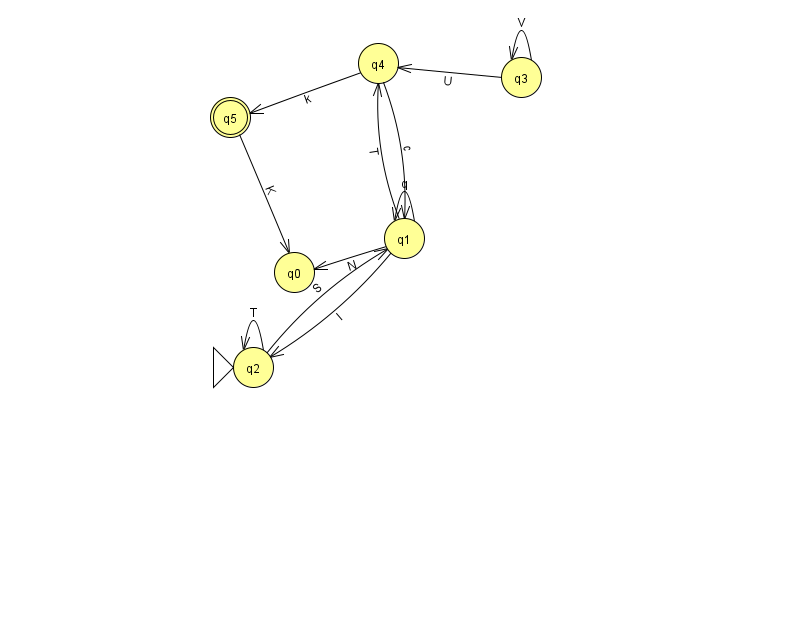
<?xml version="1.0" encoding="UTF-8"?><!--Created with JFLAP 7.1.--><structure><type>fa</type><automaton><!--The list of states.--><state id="0" name="q0"><x>294.0</x><y>259.0</y></state><state id="1" name="q1"><x>404.0</x><y>225.0</y></state><state id="2" name="q2"><x>253.0</x><y>354.0</y><initial/></state><state id="3" name="q3"><x>521.0</x><y>64.0</y></state><state id="4" name="q4"><x>378.0</x><y>50.0</y></state><state id="5" name="q5"><x>230.0</x><y>104.0</y><final/></state><!--The list of transitions.--><transition><from>1</from><to>1</to><read>q</read></transition><transition><from>4</from><to>1</to><read>c</read></transition><transition><from>2</from><to>1</to><read>S</read></transition><transition><from>3</from><to>4</to><read>U</read></transition><transition><from>2</from><to>2</to><read>T</read></transition><transition><from>1</from><to>4</to><read>T</read></transition><transition><from>3</from><to>3</to><read>V</read></transition><transition><from>1</from><to>0</to><read>N</read></transition><transition><from>4</from><to>5</to><read>k</read></transition><transition><from>1</from><to>2</to><read>I</read></transition><transition><from>5</from><to>0</to><read>K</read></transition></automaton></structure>